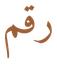
رقم